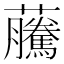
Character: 虅